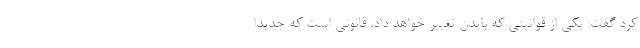
کرد گفت: یکی از قوانینی که بایدن تغییر خواهد داد، قانونی است که جدیدا